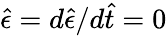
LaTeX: \hat{\epsilon}=d\hat{\epsilon}/d\hat{t}=0